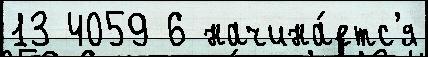
13 4059 6 начина́етс'я